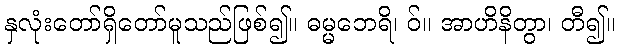
နှလုံးတော်ရှိတော်မူသည်ဖြစ်၍။ ဓမ္မဘေရိ၊ ဝ်။ အာဟိနိတွာ၊ တီ၍။